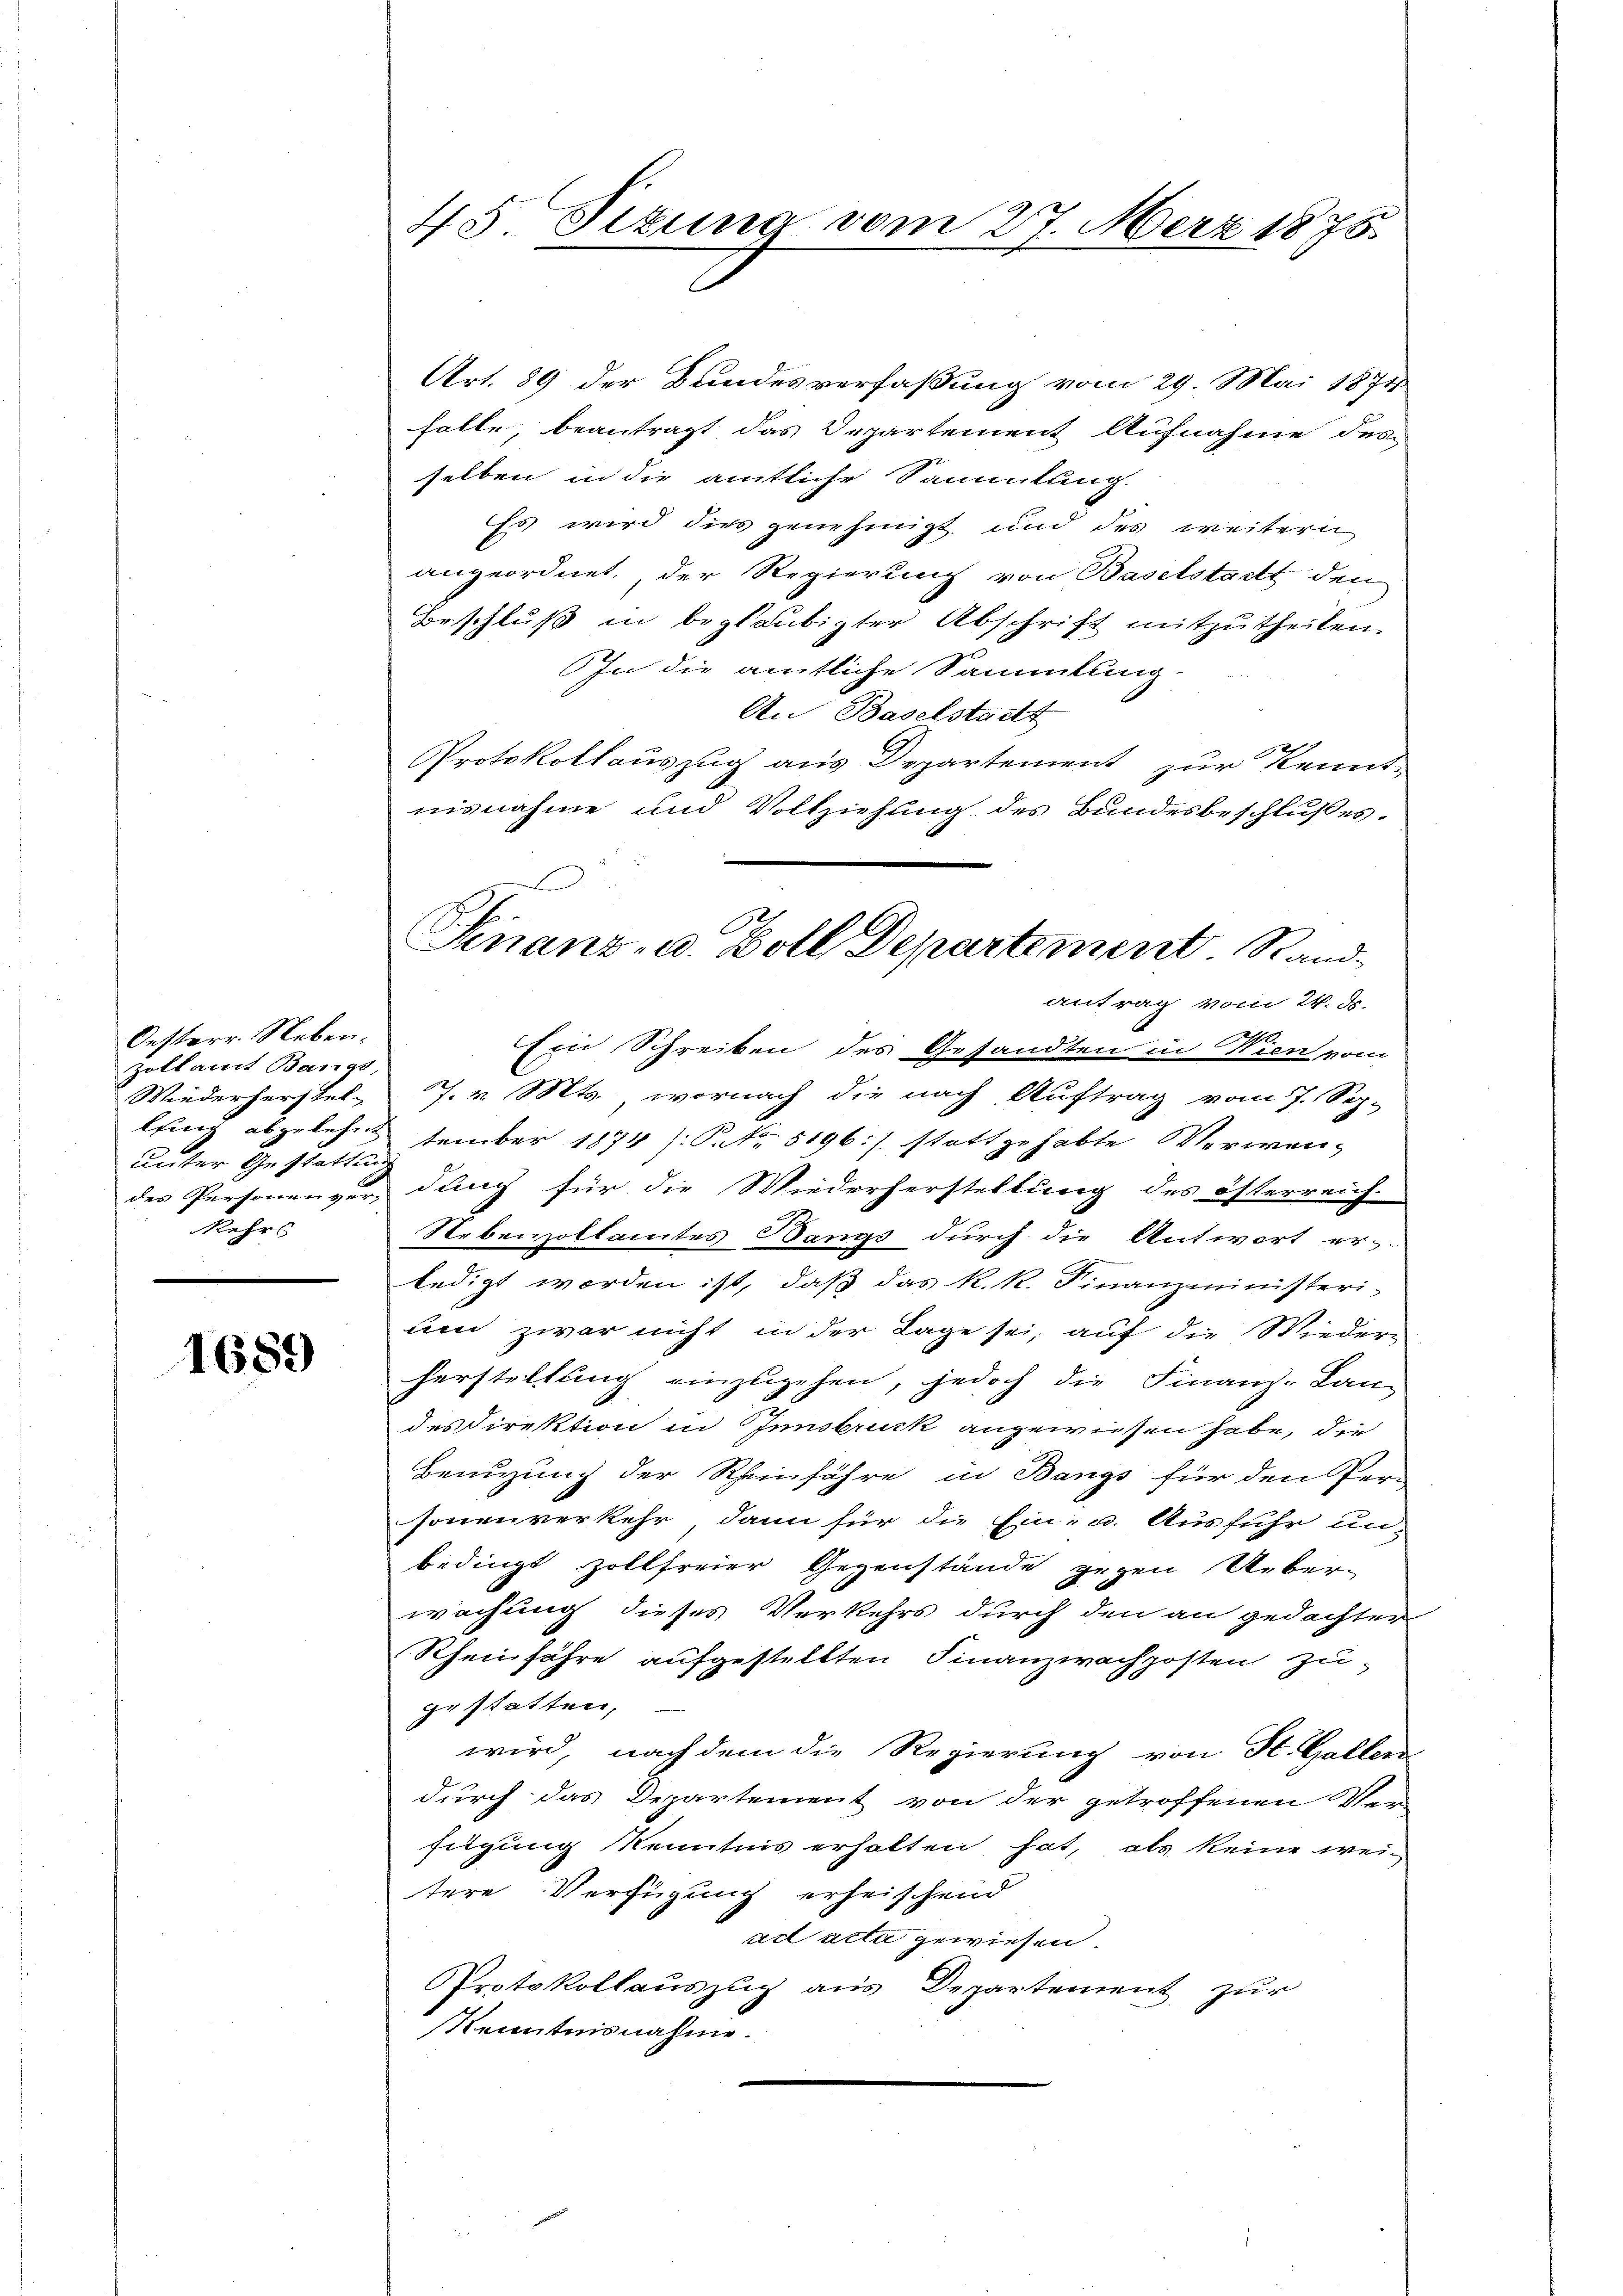
Oesterr. Neben.
Zollamt Bangs,
Wiederherstel-
unter Gestattung
Kehrs

1689

45. Sekung vom 27. März 1876.

Art. 89 der Bundesverfaßung vom 29. Mai 1874
falle, beantragt das Departement Aufnahme des
selben in die amtliche Sammlung
Es wird dies genehmigt und des weitern
angeordnet, der Regierung von Baselstatt den
Beschluß in beglaubigter Abschrift mitzutheilen.
In die amtliche Sammlung.
An Baselstadt
Protokollauszug aus Departement zur Kennt-
nisnahme und Vollziehung des Bundesbeschlußes.
antrag vom 24. ds.
Ein Schreiben des Gesandten in Wien vom
J. v. Mts., wornach die nach Auftrag vom 7. Sep.
lfing abgelehnttember 1874 /: P. Nr. 5196:/ stattgehabte Verwendes Personenver, dung für die Wiederherstellung des österreich-
Nebenzollamtes Bangs durch die Antwort er-
ledigt worden ist, daß das k. k. Finanzministeri-
un zwar nicht in der Lage sei, auf die Wieder-
herstellung einzugehen, jedoch die Finanz-Lan-
des Direktion in Innsbruck angewiesen habe, die
Benuzung der Rheinfahre in Bangs für den Per
sonenverkehr, dann für die Ein- u. Ausfuhr unbedingt Zollfreier Gegenstände gegen Ueberwachung dieses Verkehrs durch den an gedachter
Rheinfahre aufgestellten Finanzwachposten zu
gestatten,
wird, nach dem die Regierung von St. Galler
durch das Departement von der getroffenen Wen
fügung Kenntnis erhalten hat, als keine wei-
tere Verfügung erheischend
ad acta gewiesen.
Protokollauszug aus Departement zur
Kenntnisnahme.

E
Finanz- u. Boll Departement Rand-